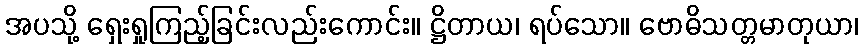
အပသို့ ရှေးရှုကြည့်ခြင်းလည်းကောင်း။ ဋ္ဌိတာယ၊ ရပ်သော။ ဗောဓိသတ္တမာတုယာ၊